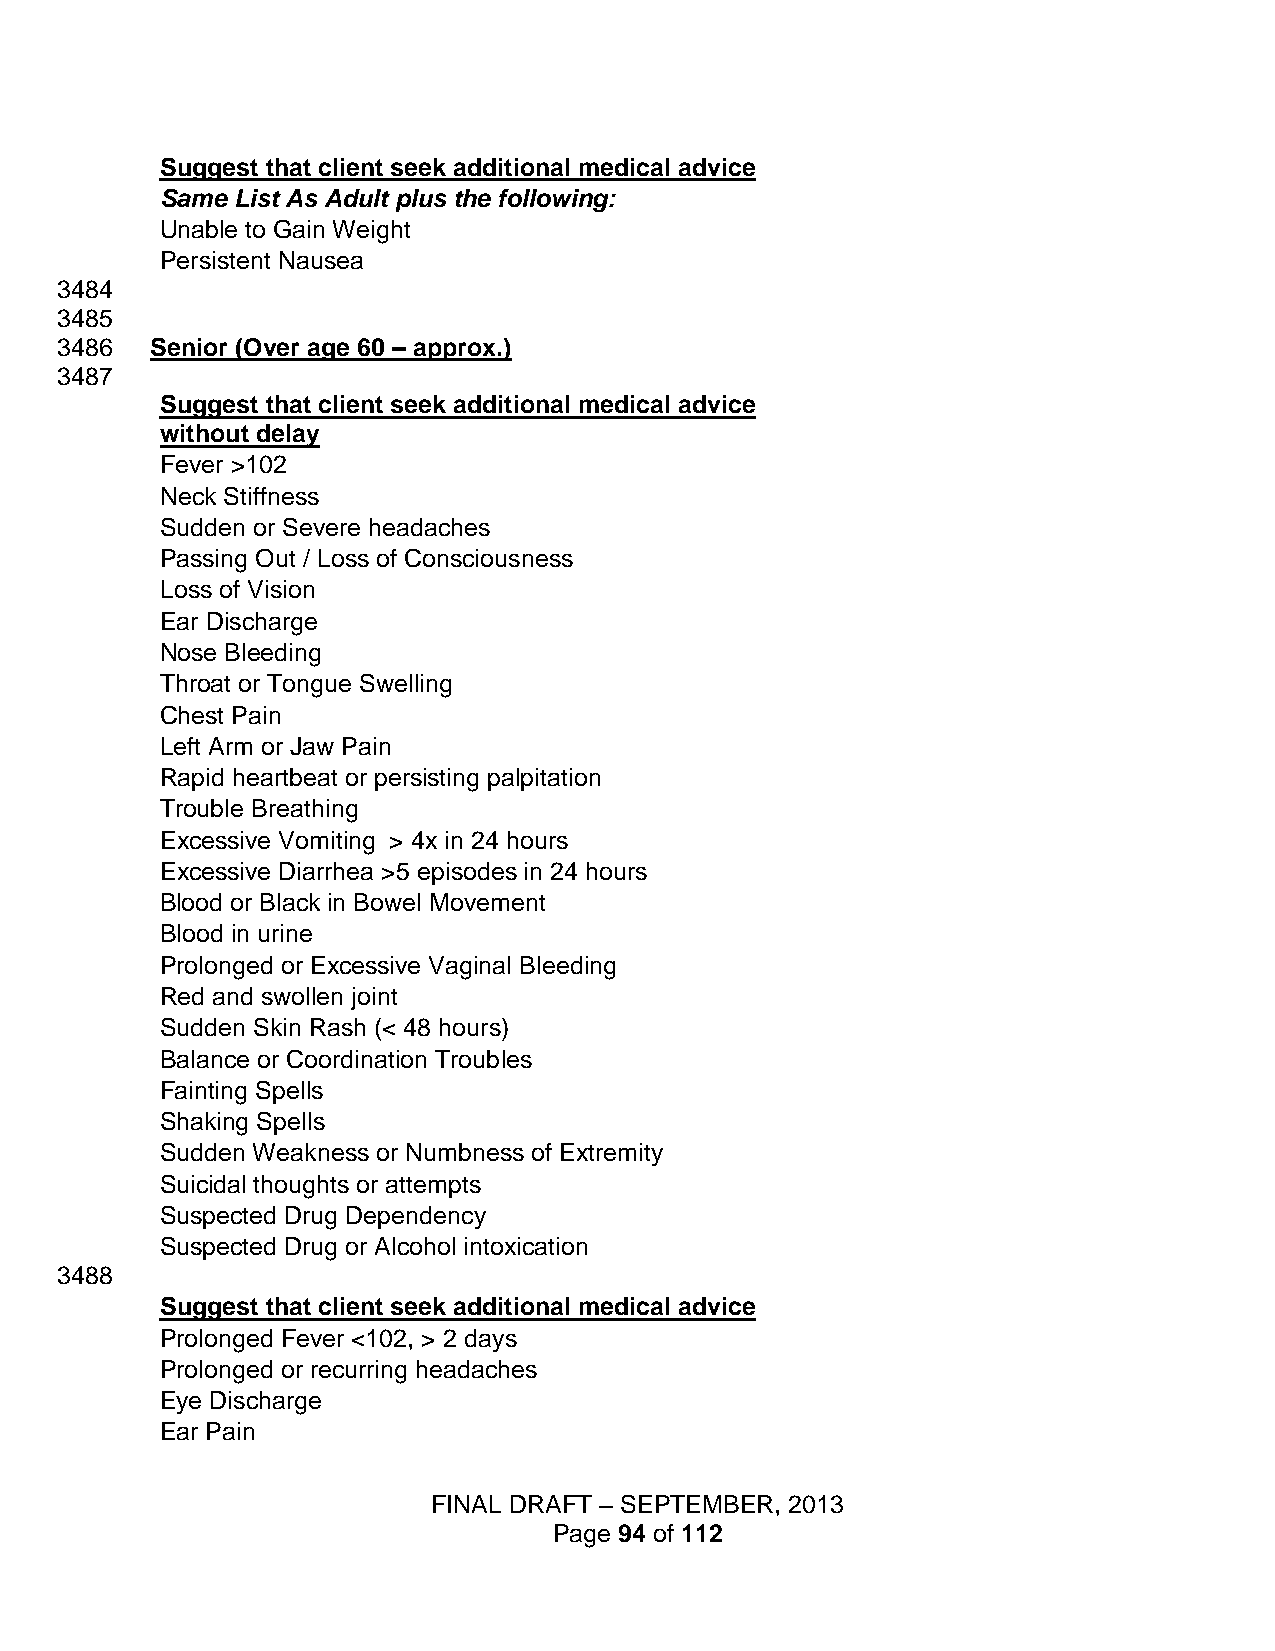
Suggest that client seek additional medical advice
 Same List As Adult plus the following:
 Unable to Gain Weight
 Persistent Nausea
 3484
 3485
 3486  Senior (Over age 60 – approx.)
 3487
 Suggest that client seek additional medical advice
 without delay
 Fever >102
 Neck Stiffness
 Sudden or Severe headaches
 Passing Out / Loss of Consciousness
 Loss of Vision
 Ear Discharge
 Nose Bleeding
 Throat or Tongue Swelling
 Chest Pain
 Left Arm or Jaw Pain
 Rapid heartbeat or persisting palpitation
 Trouble Breathing
 Excessive Vomiting > 4x in 24 hours
 Excessive Diarrhea >5 episodes in 24 hours
 Blood or Black in Bowel Movement
 Blood in urine
 Prolonged or Excessive Vaginal Bleeding
 Red and swollen joint
 Sudden Skin Rash (< 48 hours)
 Balance or Coordination Troubles
 Fainting Spells
 Shaking Spells
 Sudden Weakness or Numbness of Extremity
 Suicidal thoughts or attempts
 Suspected Drug Dependency
 Suspected Drug or Alcohol intoxication
 3488
 Suggest that client seek additional medical advice
 Prolonged Fever <102, > 2 days
 Prolonged or recurring headaches
 Eye Discharge
 Ear Pain
 FINAL DRAFT – SEPTEMBER, 2013
 Page 94 of 112